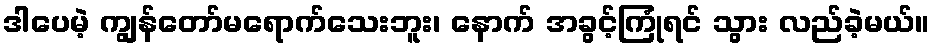
ဒါပေမဲ့ ကျွန်တော်မရောက်သေးဘူး၊ နောက် အခွင့်ကြုံရင် သွား လည်ခဲ့မယ်။